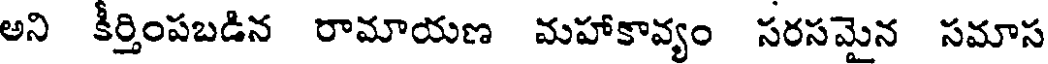
అని కర్తింపబడిన రామాయణ మహాకావ్యం సరసమైన సమాస